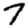
Digit: 7